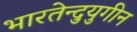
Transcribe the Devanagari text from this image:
भारतेन्दुयुगीन